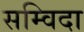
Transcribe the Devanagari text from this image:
सम्विदा